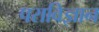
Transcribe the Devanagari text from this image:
पराविज्ञान